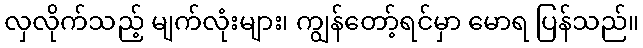
လှလိုက်သည့် မျက်လုံးများ၊ ကျွန်တော့်ရင်မှာ မောရ ပြန်သည်။